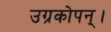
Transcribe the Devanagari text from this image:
उग्रकोपन्।